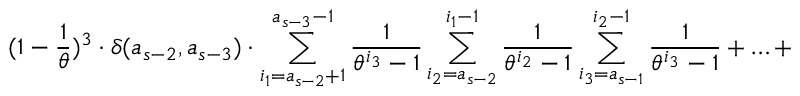
( 1 - \frac { 1 } { \theta } ) ^ { 3 } \cdot \delta ( a _ { s - 2 } , a _ { s - 3 } ) \cdot \sum _ { i _ { 1 } = a _ { s - 2 } + 1 } ^ { a _ { s - 3 } - 1 } \frac { 1 } { \theta ^ { i _ { 3 } } - 1 } \sum _ { i _ { 2 } = a _ { s - 2 } } ^ { i _ { 1 } - 1 } \frac { 1 } { \theta ^ { i _ { 2 } } - 1 } \sum _ { i _ { 3 } = a _ { s - 1 } } ^ { i _ { 2 } - 1 } \frac { 1 } { \theta ^ { i _ { 3 } } - 1 } + \ldots +